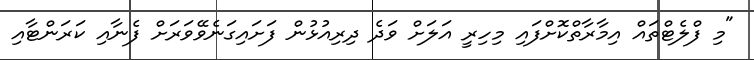
"މި ފްލެޓްތައް އިމާރާތްކޮށްފައި މިހިރީ އަލަށް ވަދެ ދިރިއުޅުން ފަަށައިގަނެވޭވަރަށް ފެނާއި ކަރަންޓާއި